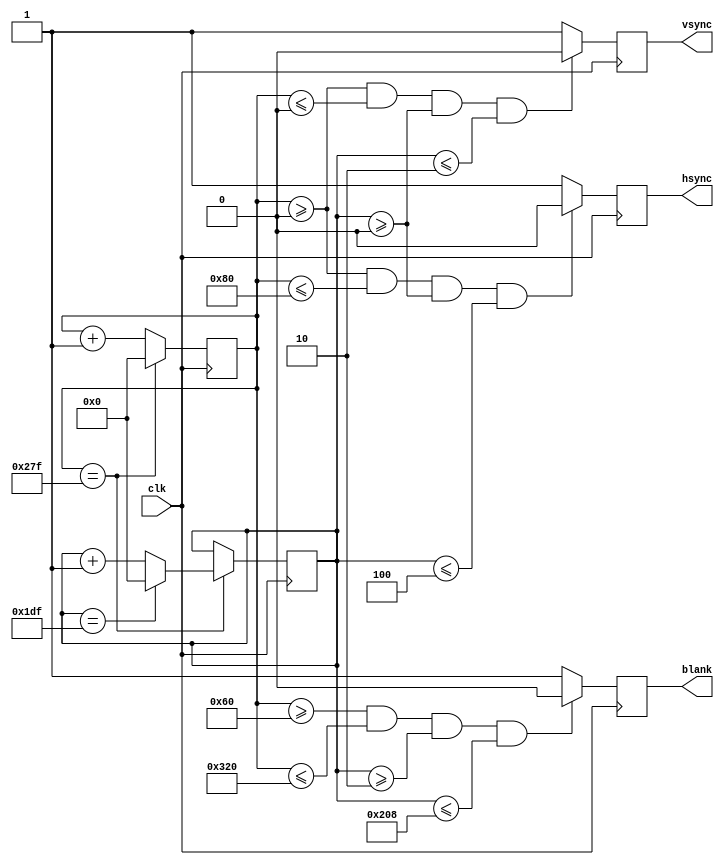
module hsync_vsync_blank(
    input wire clk,
    output reg hsync,
    output reg vsync,
    output reg blank
);

reg [11:0] h_counter;
reg [11:0] v_counter;

always @ (posedge clk) begin
    if(h_counter == 639) begin
        h_counter <= 0;
        if(v_counter == 479) begin
            v_counter <= 0;
            vsync <= ~vsync;
        end else begin
            v_counter <= v_counter + 1;
        end
    end else begin
        h_counter <= h_counter + 1;
    end
    
    if(h_counter >= 96 && h_counter <= 800 && v_counter >= 2 && v_counter <= 520) begin
        blank <= 1'b0;
    end else begin
        blank <= 1'b1;
    end
    
    if(h_counter >= 0 && h_counter <= 128 && v_counter >= 0 && v_counter <= 4) begin
        hsync <= 1'b0;
    end else begin
        hsync <= 1'b1;
    end
    
    if(h_counter >= 0 && h_counter <= 0 && v_counter >= 0 && v_counter <= 2) begin
        vsync <= 1'b0;
    end else begin
        vsync <= 1'b1;
    end
end

endmodule